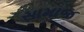
સામાજ